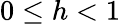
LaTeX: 0\leq h<1